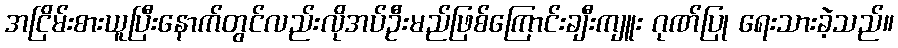
အငြိမ်းစားယူပြီးနောက်တွင်လည်းလိုအပ်ဦးမည်ဖြစ်ကြောင်းချီးကျူး ဂုဏ်ပြု ရေးသားခဲ့သည်။